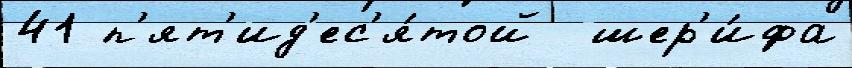
41 п'ят'ид'ес'я́той  шер'и́фа